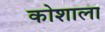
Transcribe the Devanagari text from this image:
कोशाला